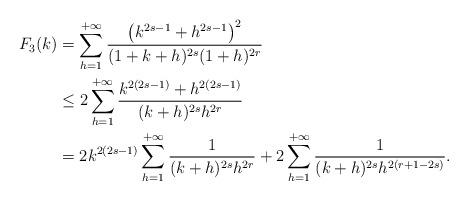
LaTeX: \begin{align*}F_3(k) &= \sum_{h=1}^{+\infty} \frac{\big ( k^{2s-1} + h^{2s-1}\big )^2}{(1+k+h)^{2s}(1+h)^{2r}}\\&\leq 2 \sum_{h=1}^{+\infty} \frac{ k^{2(2s-1)} + h^{2(2s-1)}}{(k+h)^{2s}h^{2r}}\\&= 2 k^{2(2s-1)}\sum_{h=1}^{+\infty} \frac{1}{(k+h)^{2s}h^{2r}} + 2 \sum_{h=1}^{+\infty} \frac{1}{(k+h)^{2s}h^{2(r+1-2s)}}.\end{align*}